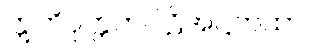
ဣတိဝုတ္တကပါဠိအဋ္ဌကထာ